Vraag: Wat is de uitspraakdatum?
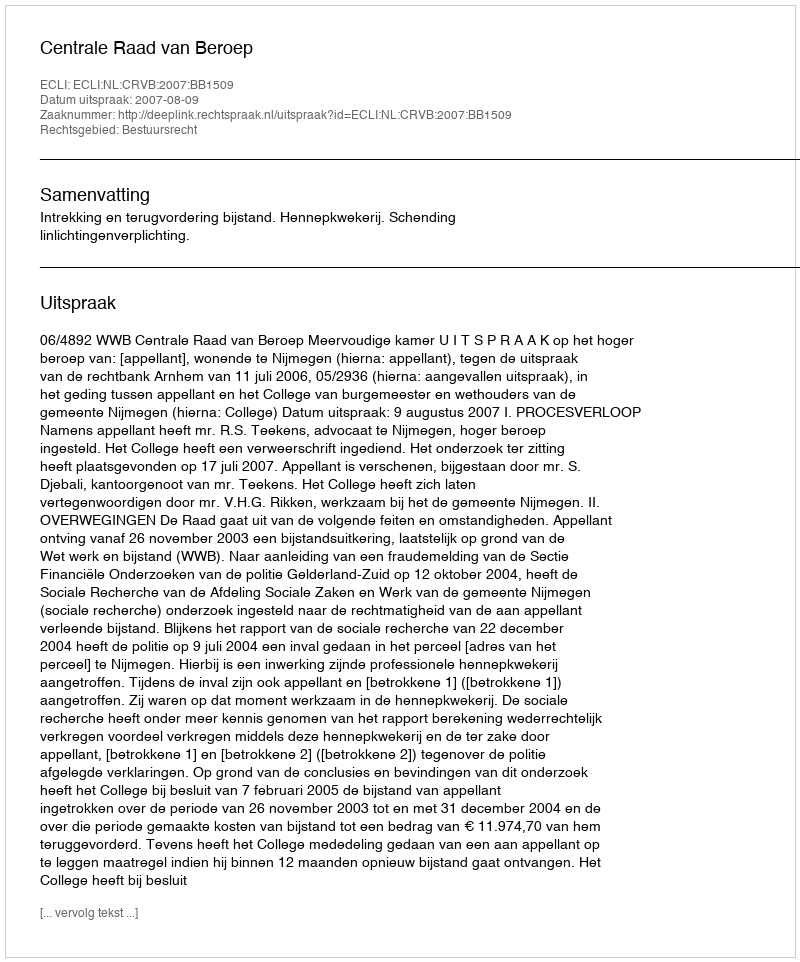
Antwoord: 2007-08-09